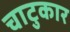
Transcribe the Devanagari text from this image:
चाटुकार